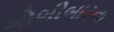
ગોળીબારના